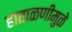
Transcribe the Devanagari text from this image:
हाताळणीमुळे